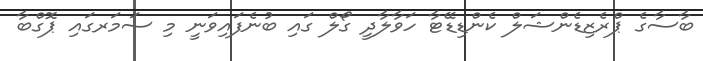
ބާސާގެ ޕްރެޒިޑެންޝަލް ކެންޑިޑޭޓާ ހަވާލާދީ ގޯލް ގައި ބުނެފައިވަނީ މި ސަމަރގައި ޕޮގްބާ